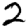
Digit: 2